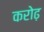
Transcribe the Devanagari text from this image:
करोढ़